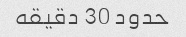
حدود 30 دقیقه